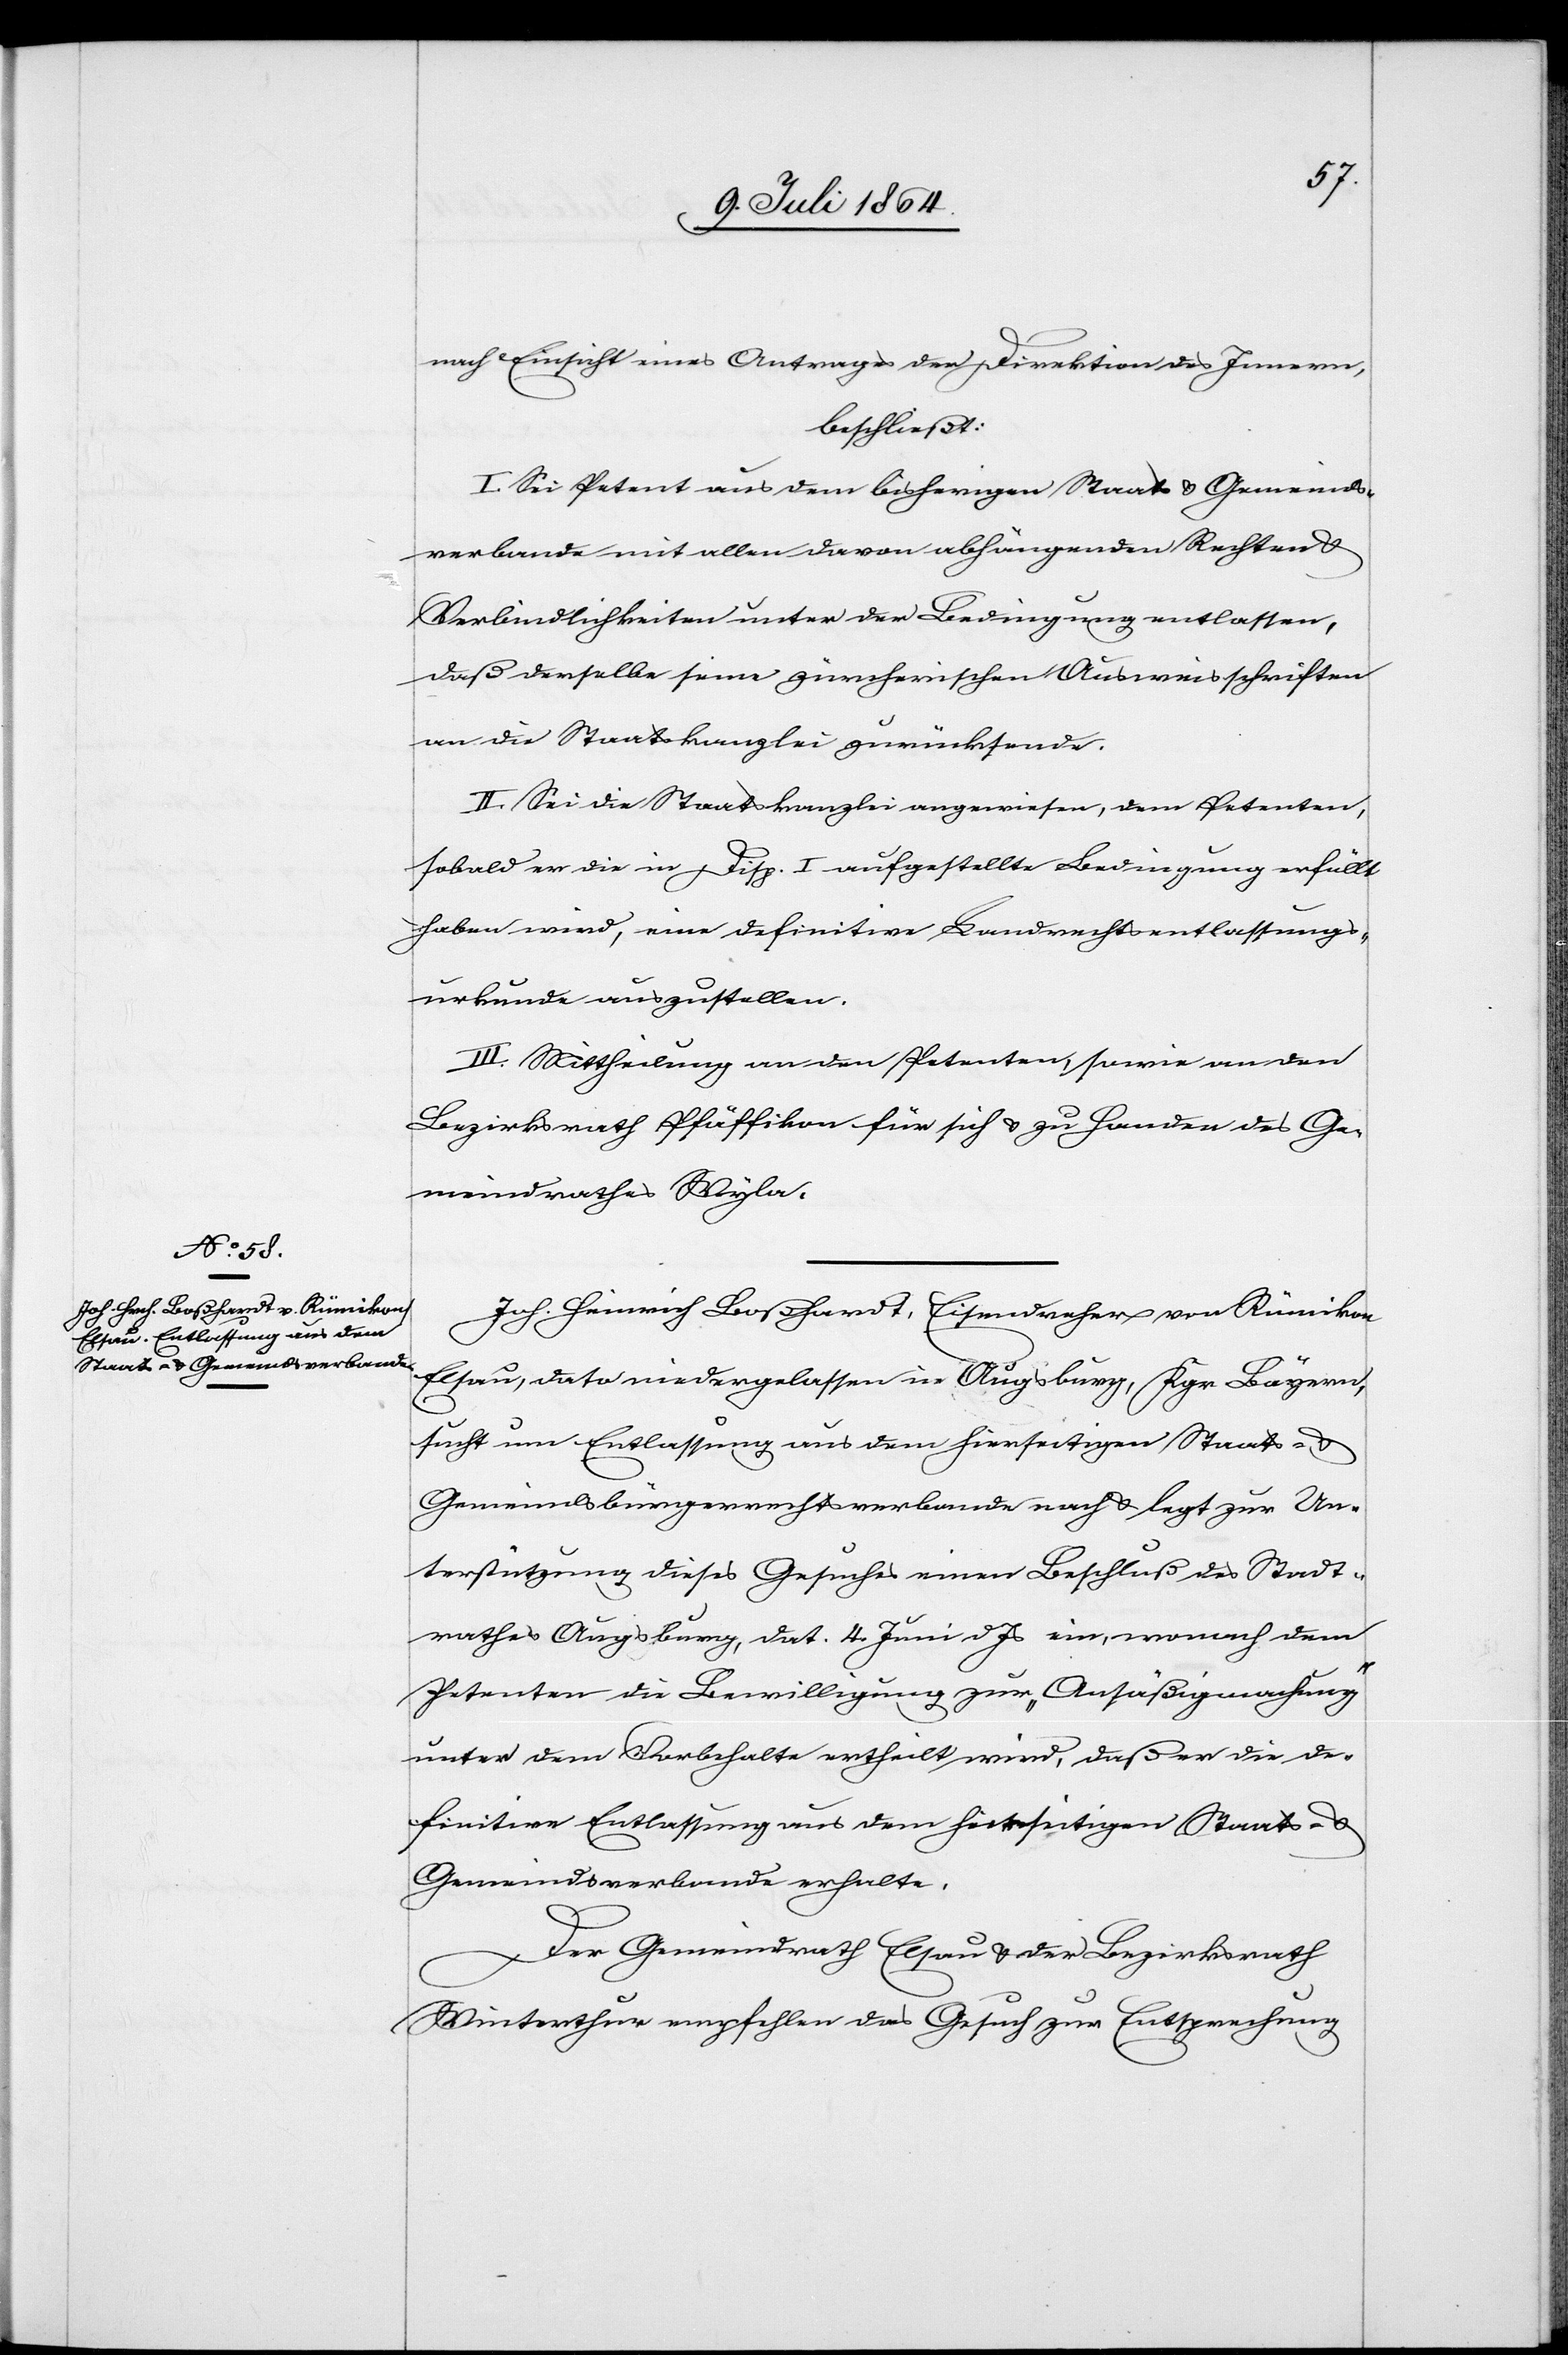
nach Einsicht eines Antrages der Direktion des Innern,
beschließt:
I. Sei Petent aus dem bisherigen Staats- u. Gemeinds¬
verbande mit allen davon abhängenden Rechten u.
Verbindlichkeiten unter der Bedingung entlassen,
daß derselbe seine zürcherischen Ausweisschriften
an die Staatskanzlei zurücksende.
II. Sei die Staatskanzlei angewiesen, dem Petenten,
sobald er die in Disp. I aufgestellte Bedingung erfüllt
haben wird, eine definitive Landrechtsentlassungs¬
urkunde zuzustellen.
III. Mittheilung an den Petenten, sowie an den
Bezirksrath Pfäffikon für sich u. zu Handen des Ge¬
meindrathes Wyla.
Joh. Heinrich Boßhardt, Eisendreher von Rümikon
Elsau, dato niedergelassen in Augsburg, Kgr Bayern,
sucht um Entlassung aus dem hierseitigen Staats- u.
Gemeindsbürgerrechtsverbande nach u. legt zur Un¬
terstützung dieses Gesuches einen Beschluß des Stadt¬
rathes Augsburg, dat. 4. Juni d. Js. ein, wonach dem
Petenten die Bewilligung zur „Ansäßigmachung“
unter dem Vorbehalte ertheilt wird, daß er die de¬
finitive Entlassung aus dem hierseitigen Staats- u.
Gemeindsverbande erhalte.
Der Gemeindrath Elsau u. der Bezirksrath
Winterthur empfehlen das Gesuch zur Entsprechung